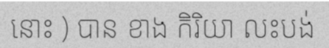
នោះ ) បាន ខាង កិរិយា លះបង់